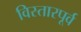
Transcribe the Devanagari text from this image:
विस्तारपूर्व